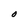
Character: O